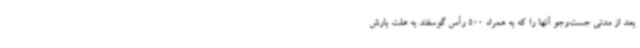
بعد از مدتی جست‌وجو آنها را که به همراه 500 رأس گوسفند به علت بارش